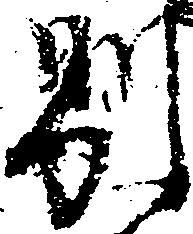
別